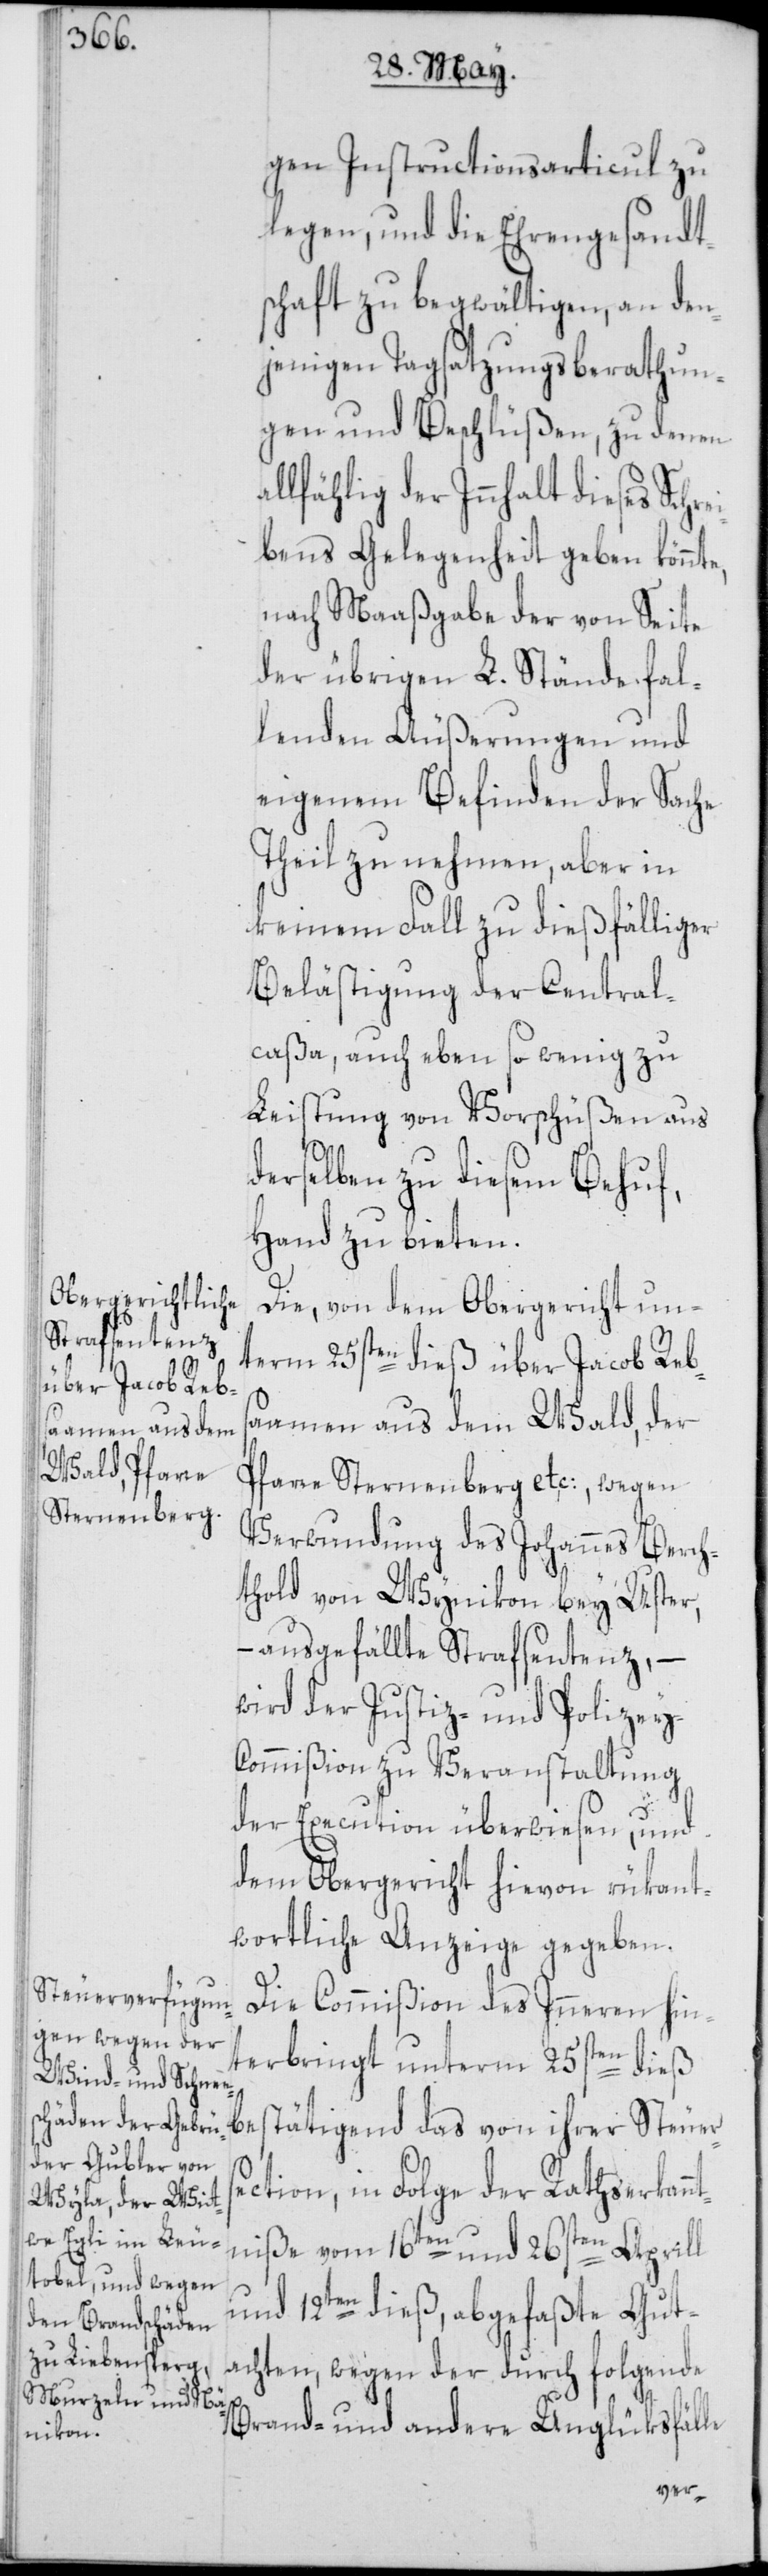
gen Instructionsarticul zu
legen, und die Ehrengesandt¬
schaft zu begwältigen, an den¬
jenigen Tagsatzungsberathun¬
gen und Beschlüßen, zu denen a¬
llfählig der Innhalt dieses Schr¬
bens Gelegenheit geben könnte,
nach Maaßgabe der von Seite
der übrigen L. Stände fal¬
lenden Äußerungen und
eigenem Befinden der Sache
Theil zu nehmen, aber in
keinem Fall zu dießfälliger
Belästigung der Central¬
caßa, auch eben so wenig zu
Leistung von Vorschüßen aus
derselben zu diesem Behuf,
Hand zu bieten.
Die, von dem Obergericht un¬
term 25sten dieß über Jacob Reb¬
saamen aus dem Wald, der
Pfarre Sternenberg etc:, wegen
Verwundung des Johannes Berch¬
thold von Wynikon bey Uster,
– ausgefällte Strafsentenz,
wird der Justiz- und Polizey-C¬
ommißion zu Veranstaltung
der Execution überwiesen, und
dem Obergericht hievon rükant¬
wortliche Anzeige gegeben.
Die Commißion des Inneren hin¬
terbringt unterm 25sten dieß
ection, in Folge der Rathserkann¬
tniße vom 16ten und 26sten Aprill
und 12ten dieß, abgefaßte Gut¬
achten, wegen der durch folgende
Brand- und anderen Unglüksfälle
Steuers¬
ei¬